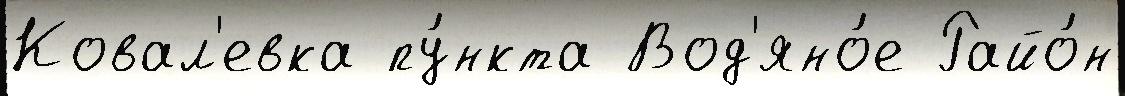
Ковал'евка пу́нкта Вод'яно́е Райо́н